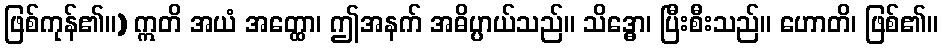
ဖြစ်ကုန်၏။) ဣတိ အယံ အတ္ထော၊ ဤအနက် အဓိပ္ပာယ်သည်။ သိဒ္ဓော၊ ပြီးစီးသည်။ ဟောတိ၊ ဖြစ်၏။